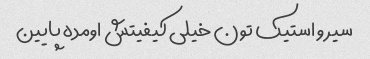
سیر و استیک تون خیلی کیفیتش اومده پایین